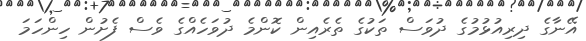
އޭނާގެ ދިރިއުޅުމުގެ ދުވަސް ތަކުގެ ތެރެއިން ކޮންމެ ދުވަހެއްގެ ވެސް ފެށުން ހިންހަމަ